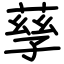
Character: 孶